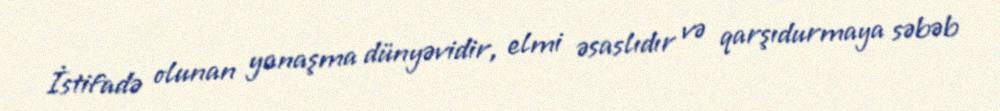
İstifadə olunan yanaşma dünyəvidir, elmi əsaslıdır və qarşıdurmaya səbəb